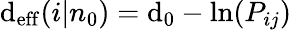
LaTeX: \mathrm{d}_{\mathrm{{eff}}}(i|n_{0})=\mathrm{d}_{0}-\ln(P_{ij})